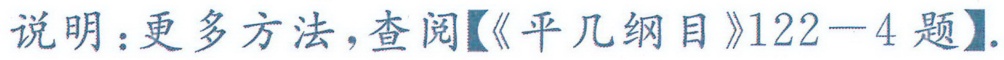
说明：更多方法，查阅【《平几纲目》122 - 4 题】.